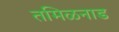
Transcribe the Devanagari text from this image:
तमिळनाड